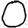
Digit: 0